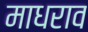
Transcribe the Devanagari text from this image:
माधराव